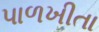
પાળખીતા